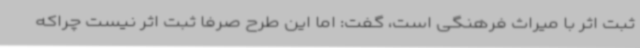
ثبت اثر با میراث فرهنگی است، گفت: اما این طرح صرفا ثبت اثر نیست چراکه